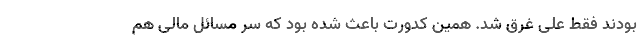
بودند فقط علی غرق شد. همین کدورت باعث شده بود که سر مسائل مالی هم